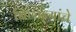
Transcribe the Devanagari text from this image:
बिछान्यांचे